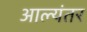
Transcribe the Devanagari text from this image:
आल्यंतर